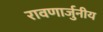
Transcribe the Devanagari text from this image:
रावणार्जुनीय